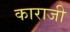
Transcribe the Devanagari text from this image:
काराजी